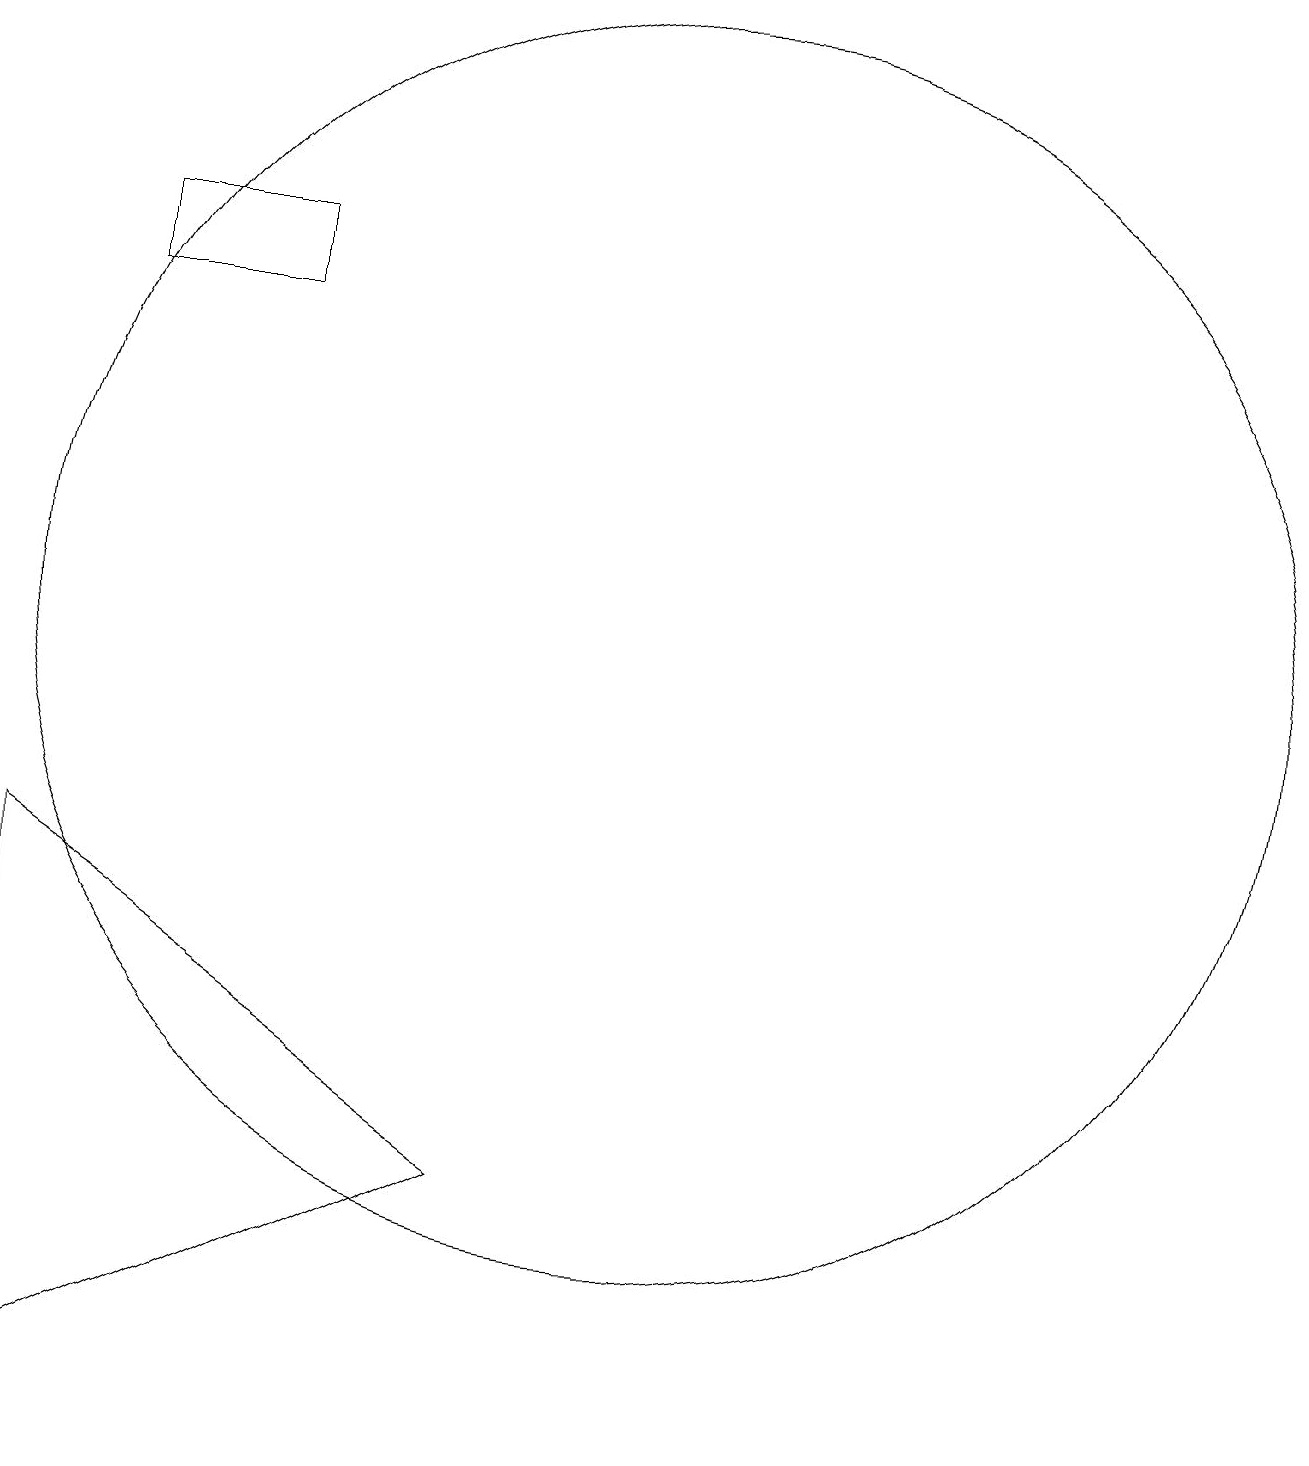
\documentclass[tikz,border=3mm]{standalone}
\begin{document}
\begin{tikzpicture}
\draw (10,11) circle (8);
\draw (8,4) -- (2,1) -- (2,8) -- cycle;
\draw (5,15) rectangle (3,16);
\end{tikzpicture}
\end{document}